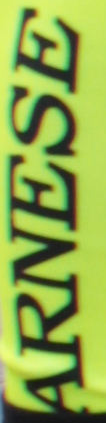
ARNESE